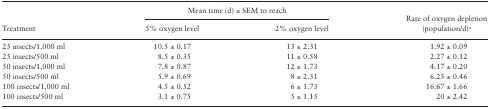
<table><thead><tr><td rowspan="2"><b>Treatment</b></td><td colspan="2"><b>Mean time (d) ± SEM to reach</b></td><td rowspan="2"><b>Rate of oxygen depletion (population/d)<sup><i>a</i></sup></b></td></tr><tr><td><b>5% oxygen level</b></td><td><b>2% oxygen level</b></td></tr></thead><tbody><tr><td>25 insects/1,000 ml</td><td>10.5 ± 0.17</td><td>13 ± 2.31</td><td>1.92 ± 0.09</td></tr><tr><td>25 insects/500 ml</td><td>8.5 ± 0.35</td><td>11 ± 0.58</td><td>2.27 ± 0.12</td></tr><tr><td>50 insects/1,000 ml</td><td>7.8 ± 0.87</td><td>12 ± 1.73</td><td>4.17 ± 0.20</td></tr><tr><td>50 insects/500 ml</td><td>5.9 ± 0.69</td><td>8 ± 2.31</td><td>6.25 ± 0.46</td></tr><tr><td>100 insects/1,000 ml</td><td>4.5 ± 0.52</td><td>6 ± 1.73</td><td>16.67 ± 1.66</td></tr><tr><td>100 insects/500 ml</td><td>3.1 ± 0.75</td><td>5 ± 1.15</td><td>20 ± 2.42</td></tr></tbody></table>